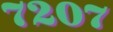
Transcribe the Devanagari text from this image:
७२०७